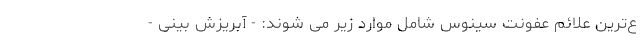
ع‌ترین علائم عفونت سینوس شامل موارد زیر می شوند: - آبریزش بینی -